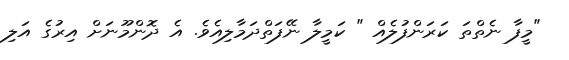
"މީފާ ނެތްތަ ކަރަންފުލެއް " ކަމީލާ ނޭފަތްދަމާލިއެވެ. އެ ދޮންމޫނަށް އިރުގެ އަލި